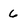
Character: 6